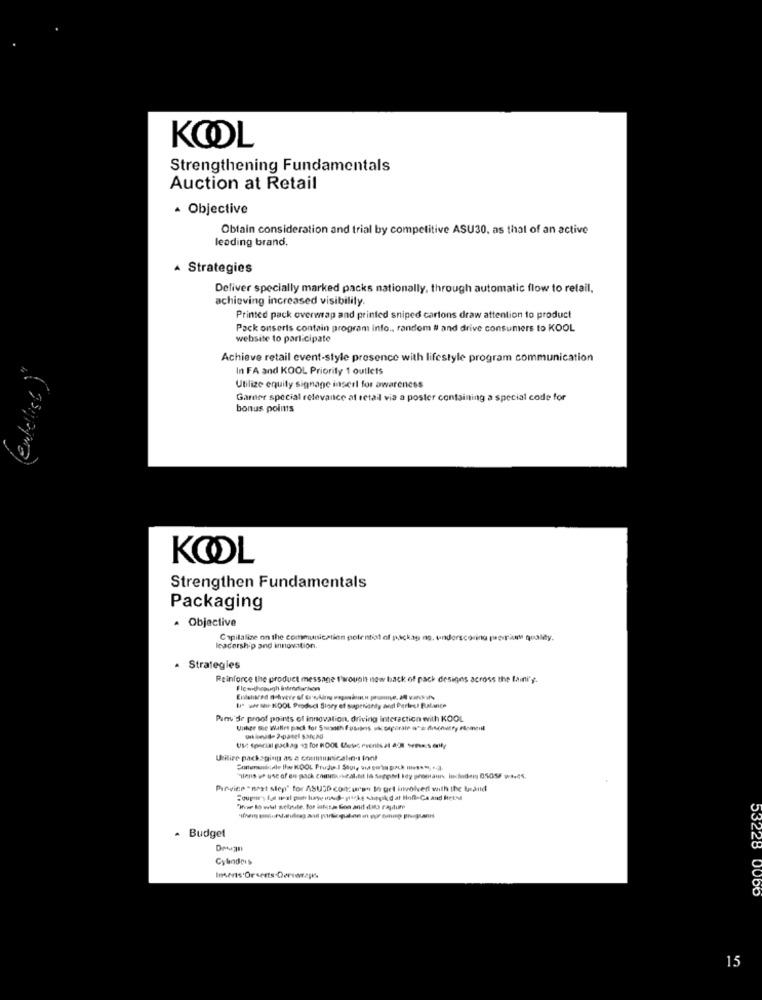
KOOL
Strengthening Fundamentals
Auction at Retail
Objective
Obtain consideration and trial by competitive ASU30. as that of an active
leading brand,
A Strategies
Deliver specially marked packs nationally, through automatic flow to retail,
achieving increased visibility
Printed pack overwrap and printed sniped cartons draw attention to product
Pack onserts contain program info ., random # and drive consumers to KOOL
website to participate
Achieve retail event-style presence with lifestyle program communication
In FA and KOOL Priority 1 outlets
Utilize equity signage inserl for awareness
Garner special relevance at retail via a poster containing a special code for
enkel
bonus points
KOOL
Strengthen Fundamentals
Packaging
Objective
Capitalize on the communication potential of packag no, underscoring pourany quality.
cacership and innovation.
Strategies
Reinforce the product message t'wrought now back of pack designs across the laini's.
I wa KOOL Product Story of supenanty aodl Perles! Rualance
Pan de proof points of innovation, driving interaction with KOOL
Utilize packaging as a communicalin. Innl
"Tiens we use of eu -pack communeal.Mit la Sergitel ky promaur incidens 05055 wave5.
Pirvice " next step" for ASUSD concurso In get involved with the band
Wise lo wil website. for istasa Gon and data rapture
. Budget
Cylindris
Inserts Or serts Derwrapks,
53228 0000
15